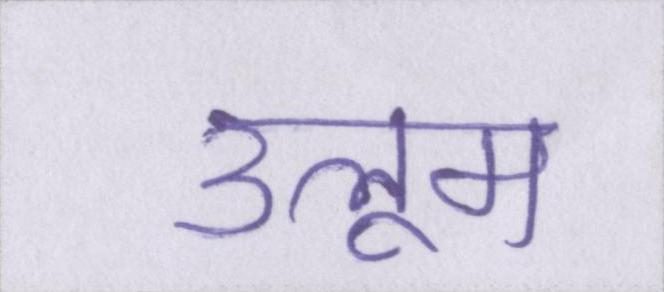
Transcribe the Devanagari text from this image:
उलूम